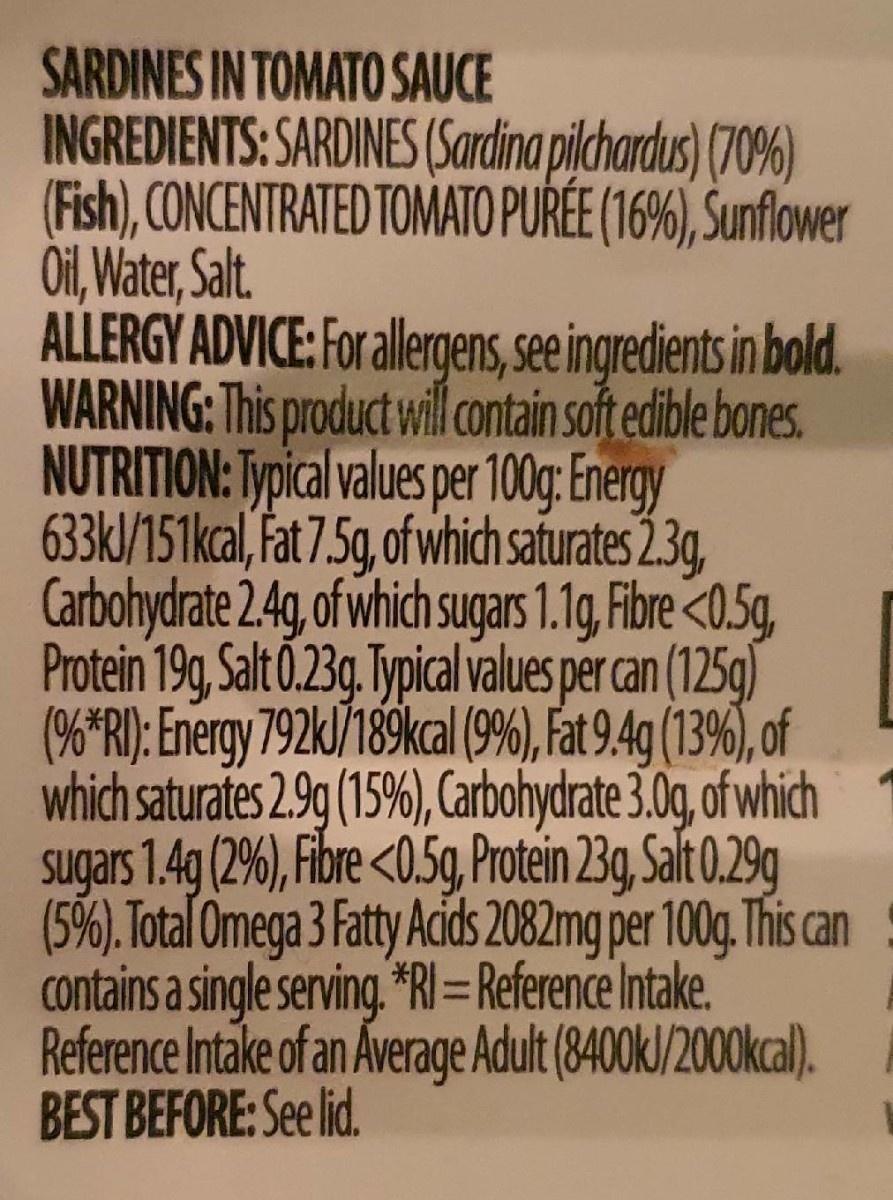
SARDINES IN TOMATO SAUCE INGREDIENTS: SARDINES (Sardina pilchardus) (70%) (Fish), CONCENTRATED TOMATO PURÉE (16%), Sunflower Oil, Water, Salt. ALLERGY ADVICE: Forallegens, seingredients in bold. WARNING: This product will contain soft edible bones. NUTRITION: Typical values per 100g: Energy 633kJ/151kcal, Fat 7.5g, of which saturates 2.3g, Carbohydrate 2.4g, of which sugars 1.1g, ibre <0.5g, Protein 19g, Salt 0.23g. Typical values per can (125g) (%*RI); Energy 792k)/189kal (9%), Fat 94 (13%), of which saturates 2.9g (15%6), Carbohydrate 3.0g, of which sugars 1.4g (2%), Fibre <0.5g, Protein 23g Salt 0.29g (5%). Total Omega 3 Fatty Acids 2082mg per 100g.This can contains a single serving. *RI =Reference Intake. Reference Intake of an Average Adult (8400k/2000kcal). BEST BEFORE: See id.